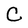
Character: C